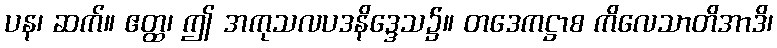
ပန၊ ဆက်။ ဧတ္ထ၊ ဤ အကုသလပဒနိဒ္ဒေသ၌။ တဒေကဋ္ဌာစ ကိလေသာတိအာဒိ၊